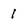
Character: I